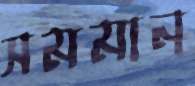
সমমান